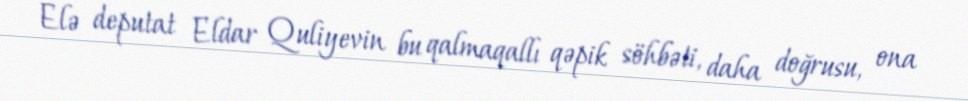
Elə deputat Eldar Quliyevin bu qalmaqallı qəpik söhbəti, daha doğrusu, ona